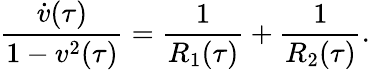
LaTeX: \frac{\dot{v}(\tau)}{1-v^{2}(\tau)}=\frac{1}{R_{1}(\tau)}+\frac{1}{R_{2}(\tau)}.